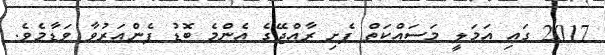
2017 ގައި އަމަލީ މަސައްކަތް ފެށި ރާއްޖޭގެ އެންމެ ބޮޑު ފެންއަރުވާ ވަޑާމެވެ.